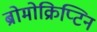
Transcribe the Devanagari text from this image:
ब्रोमोक्रिप्टिन